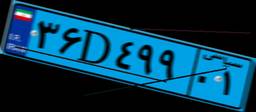
۳۶D۴۹۹۰۱